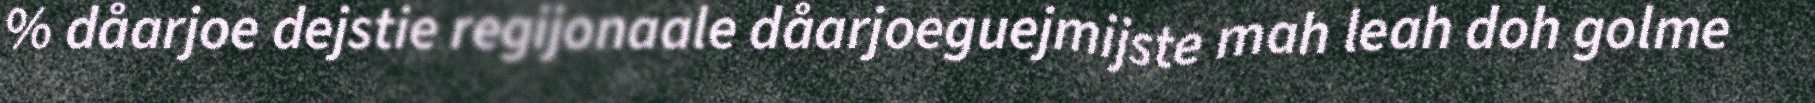
% dåarjoe dejstie regijonaale dåarjoeguejmijste mah leah doh golme